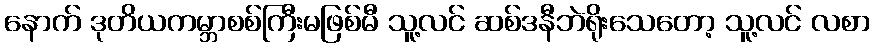
နောက် ဒုတိယကမ္ဘာစစ်ကြီးမဖြစ်မီ သူ့လင် ဆစ်ဒနီဘဲရိုးသေတော့ သူ့လင် လစာ